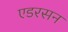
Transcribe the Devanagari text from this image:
एडरसन